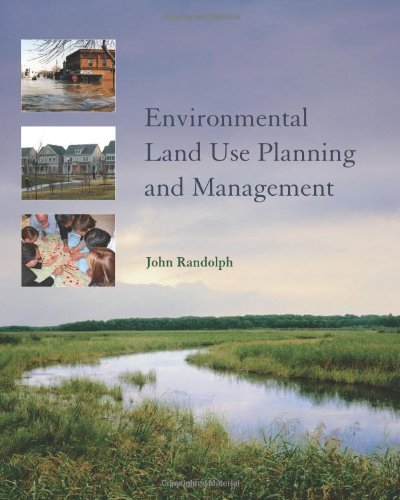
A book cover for Environmental Land Use Planning and Management; John Randolph PhD; Law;